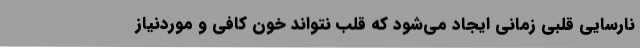
نارسایی قلبی زمانی ایجاد می‌شود که قلب نتواند خون کافی و موردنیاز